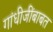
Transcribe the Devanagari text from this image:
गांधीजींबाबत